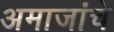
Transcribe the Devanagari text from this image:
अमाजांचे